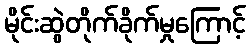
မိုင်းဆွဲတိုက်ခိုက်မှုကြောင့်